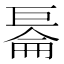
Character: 𱜙